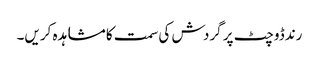
رندڈوچٹ پر گردش کی سمت کا مشاہدہ کریں۔